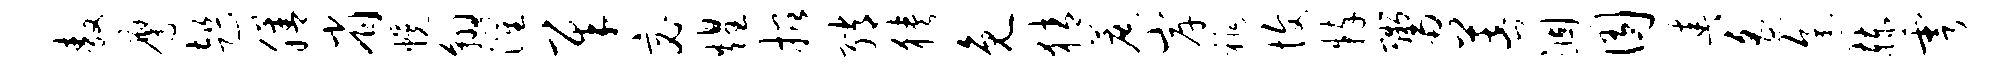
敖鹰趄膳省幌翱灌犀宓煌招绡狭免猜蔗岸祚愎粹鬻菩涸囿春遥途赫雩